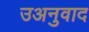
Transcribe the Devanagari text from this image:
उअनुवाद